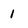
Character: 1